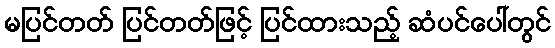
မပြင်တတ် ပြင်တတ်ဖြင့် ပြင်ထားသည့် ဆံပင်ပေါ်တွင်